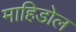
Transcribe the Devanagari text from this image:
माहिडोल